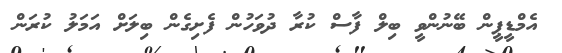
އެމްޑީޕީން ބޭނުންވީ ބިލް ފާސް ކުރާ ދުވަހުން ފެށިގެން ބިލަށް އަމަލު ކުރަން